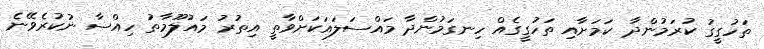
ތަހުގީގު ކުރަމުންދާ ކަަމަށާއި ތަހުގީގެއް ހިނގަމުންދާ މައްސަލައަކަށްވާތީ އިތުރު މައުލޫމާތު ހިއްސާ ނުކުރެވޭނެ